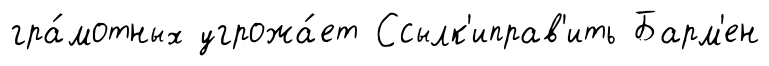
гра́мотных угрожа́ет Ссылк'иправ'ить Барм'ен